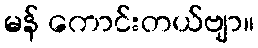
မန် ကောင်းတယ်ဗျာ။